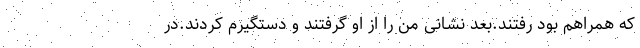
که همراهم بود رفتند.بعد نشانی من را از او گرفتند و دستگیرم کردند.در